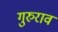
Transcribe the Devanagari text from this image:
गुरुराव